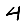
Digit: 4